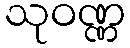
သုဝဏ္ဏ